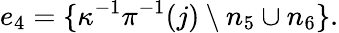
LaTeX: e_{4}=\{ \kappa^{-1}\pi^{-1}(j)\setminus n_{5}\cup n_{6}\} .